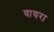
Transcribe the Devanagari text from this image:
वायरा